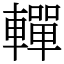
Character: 䡲